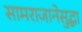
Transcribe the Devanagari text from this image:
सामराजानेसुद्धा